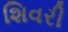
શિવરી